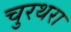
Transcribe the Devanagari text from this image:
चुरथरा